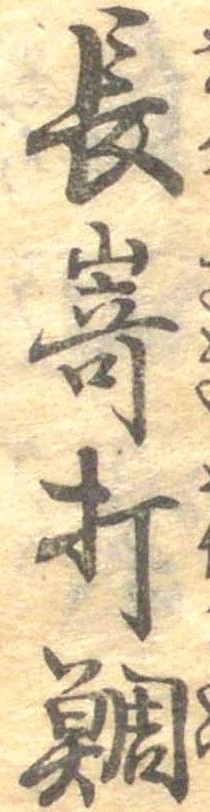
長崎打鯛